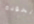
الخوذة